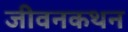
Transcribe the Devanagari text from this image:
जीवनकथन